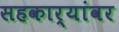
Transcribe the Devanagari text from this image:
सहकार्यांवर